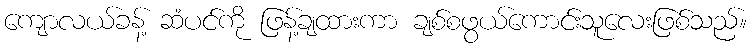
ကျောလယ်ခန့် ဆံပင်ကို ဖြန့်ချထားကာ ချစ်စဖွယ်ကောင်းသူလေးဖြစ်သည်။